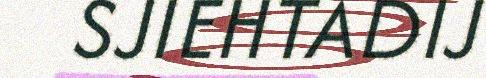
SJIEHTADIJ